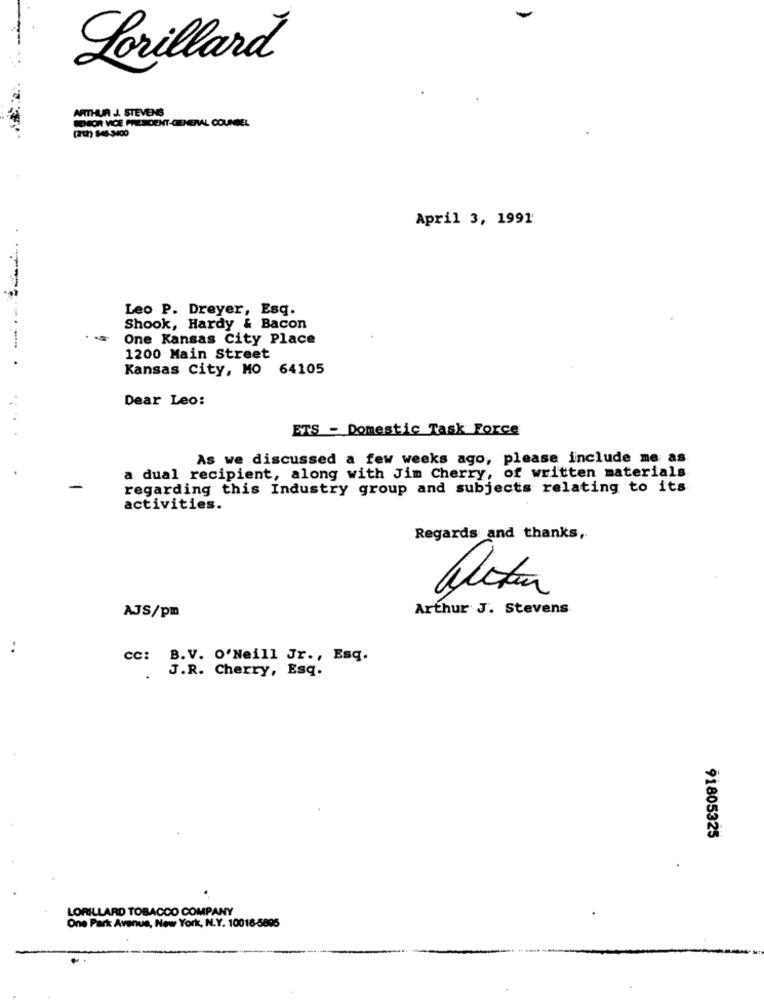
Lorillard
ARTHUR J. STEVENS
SENIOR VICE PRESIDENT-GENERAL COUNSEL
(212) 848 3400
April 3, 1991
Leo P. Dreyer, Esq.
Shook, Hardy & Bacon
One Kansas City Place
1200 Main Street
Kansas City, MO 64105
Dear Leo:
ETS - Domestic Task Force
As we discussed a few weeks ago, please include me as
a dual recipient, along with Jim Cherry, of written materials
regarding this Industry group and subjects relating to its
activities.
Regards and thanks,
Arthur J. Stevens
AJS/pm
..
cc: B.V. O'Neill Jr ., Esq.
J.R. Cherry, Esq.
91805325
LORILLARD TOBACCO COMPANY
One Park Avenue, New York, N.Y. 10018-5895